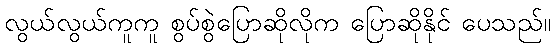
လွယ်လွယ်ကူကူ စွပ်စွဲပြောဆိုလိုက ပြောဆိုနိုင် ပေသည်။